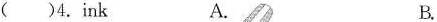
( )4. ink A. B.